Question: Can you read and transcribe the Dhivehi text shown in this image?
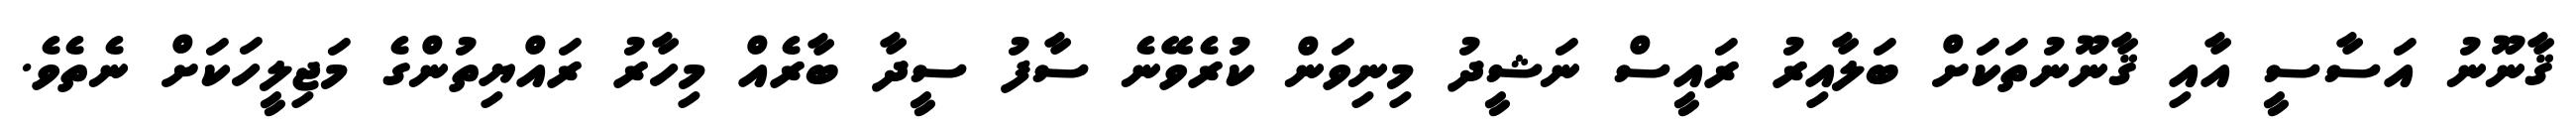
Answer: ޤާނޫނު އަސާސީ އާއި ޤާނޫނުތަކަށް ބަލާއިރު ރައީސް ނަޝީދު މިނިވަން ކުރެވޭނެ ސާފު ސީދާ ބާރެއް މިހާރު ރައްޔިތުންގެ މަޖިލީހަކަށް ނެތެވެ.